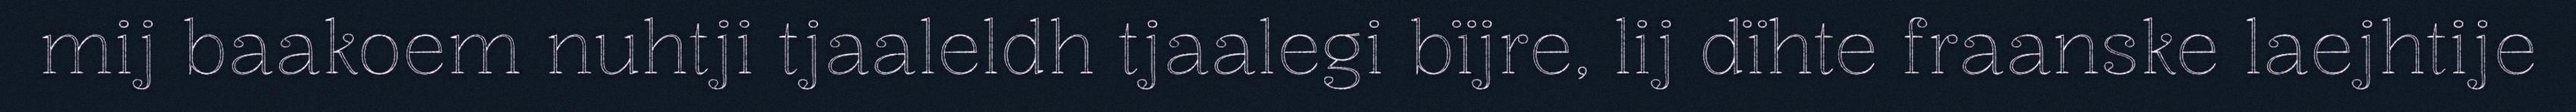
mij baakoem nuhtji tjaaleldh tjaalegi bïjre, lij dïhte fraanske laejhtije